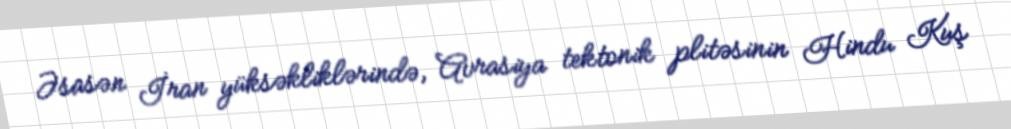
Əsasən İran yüksəkliklərində, Avrasiya tektonik plitəsinin Hindu Kuş